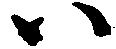
ハ